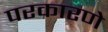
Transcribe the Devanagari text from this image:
परकारणे